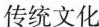
传统文化